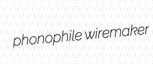
phonophile wiremaker